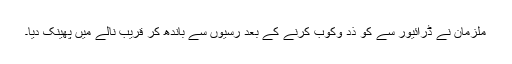
ملزمان نے ڈرائیور سے کو ذد وکوب کرنے کے بعد رسیوں سے باندھ کر قریب نالے میں پھینک دیا۔